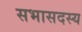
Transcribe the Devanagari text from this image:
सभासदस्य